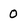
Character: 0